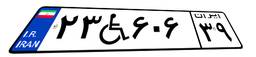
۴۷W۹۵۳۳۷